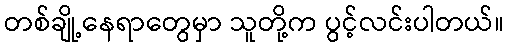
တစ်ချို့နေရာတွေမှာ သူတို့က ပွင့်လင်းပါတယ်။